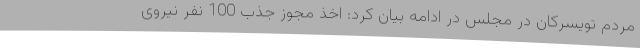
مردم تویسرکان در مجلس در ادامه بیان کرد: اخذ مجوز جذب 100 نفر نیروی